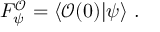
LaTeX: F _ { \psi } ^ { \mathcal { O } } = \left\langle \mathcal { O } ( 0 ) | \psi \right\rangle \, .